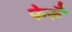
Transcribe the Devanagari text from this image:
फेरूँ